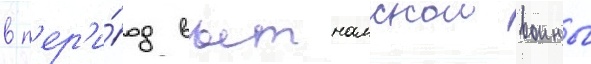
в п'ер'и́од вьетнамскои воины